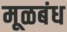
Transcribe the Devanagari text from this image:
मूळबंध